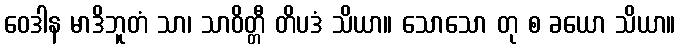
ဝေဒါန မာဒိဘူတံ သာ၊ သာဝိတ္တီ တိပဒံ သိယာ။ သောသော တု စ ခယော သိယာ။